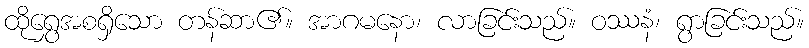
ထိုရွှေအစရှိသော တန်ဆာ၏။ အာဂမနော၊ လာခြင်းသည်။ ဝဿနံ၊ ရွာခြင်းသည်။